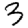
Digit: 3